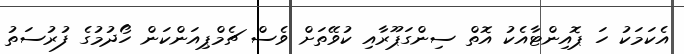
އެކަމަކު ހަ ޕޮއިންޓާއެކު އޮތް ސިންގަޕޫރާއި ކުވޭތަށް ވެސް ޗެމްޕިއަންކަން ހޯދުމުގެ ފުރުސަތު